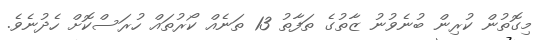
މިގޮތުން ކުރިން ބުނެވުނު ޒާތުގެ ތަފާތު 13 ތަނެއް ކޯރުތައް ހުރަސްކޮށް ހެދުނެވެ.